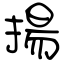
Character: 揚